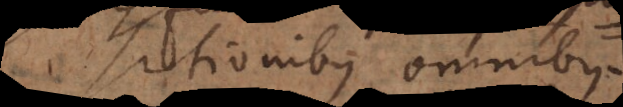
propositionibus omnibus.